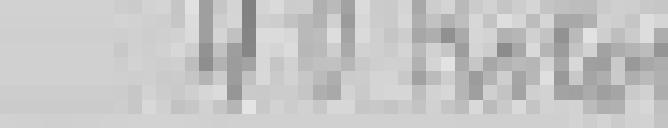
sortie : 40 kilos